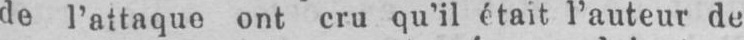
de l’attaque ont cru qu’il était l’auteur de